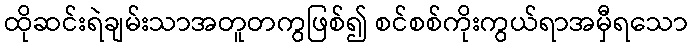
ထိုဆင်းရဲချမ်းသာအတူတကွဖြစ်၍ စင်စစ်ကိုးကွယ်ရာအမှီရသော